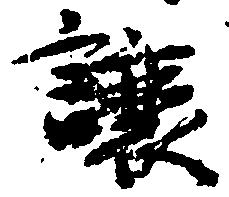
譲